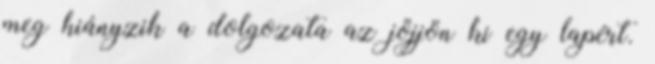
meg hiányzik a dolgozata az jöjjön ki egy lapért.